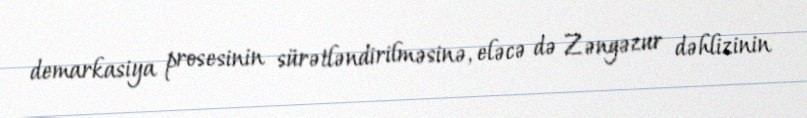
demarkasiya prosesinin sürətləndirilməsinə, eləcə də Zəngəzur dəhlizinin